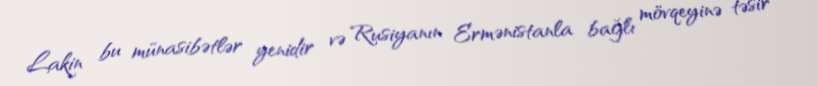
Lakin bu münasibətlər yenidir və Rusiyanın Ermənistanla bağlı mövqeyinə təsir